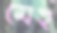
মেহ